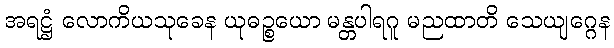
အရဋ္ဌံ လောကိယသုခေန ယုဓဉ္စယော မန္တပါရဂူ မညထာတိ သေယျဂ္ဂေန